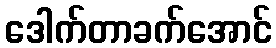
ဒေါက်တာခက်အောင်